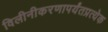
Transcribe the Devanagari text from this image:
विलीनीकरणापर्यंतप्रत्येक